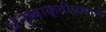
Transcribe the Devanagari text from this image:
धनुष्याकृतीप्रमाणे